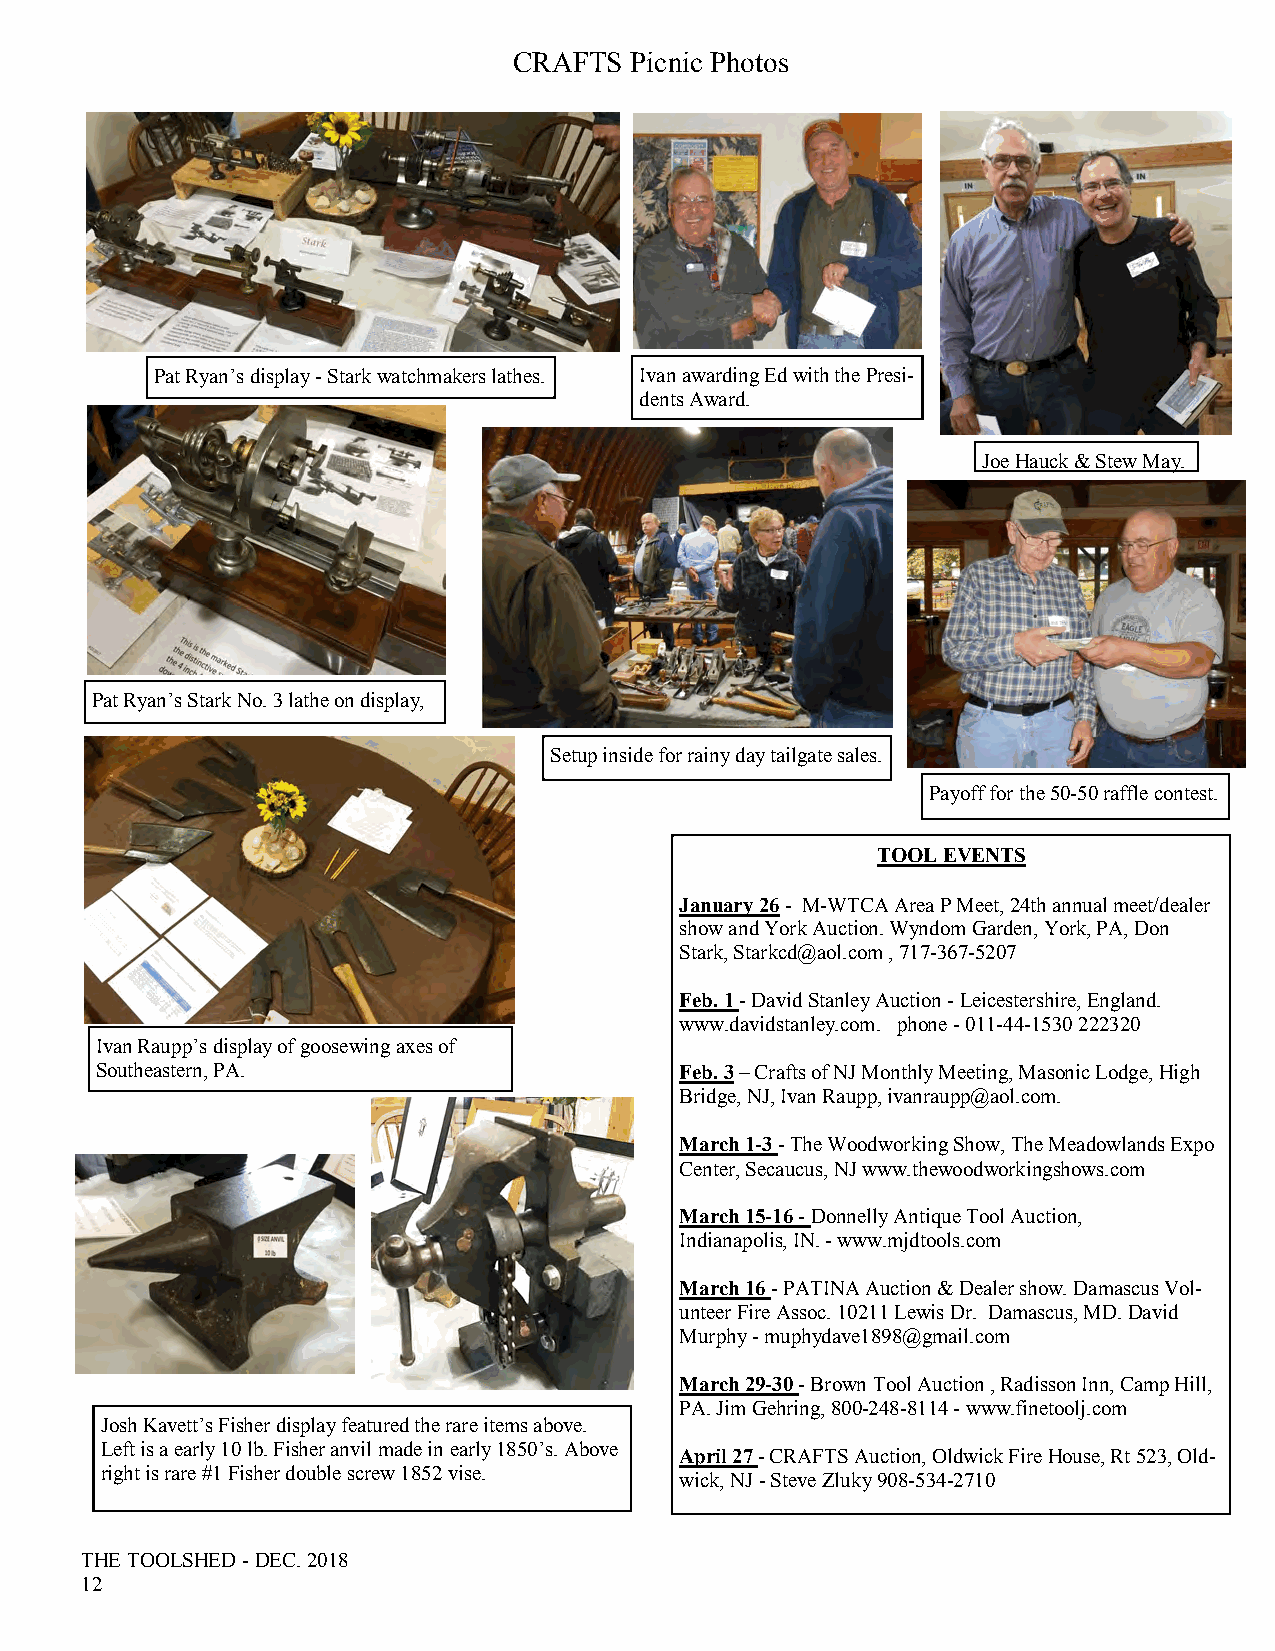
CRAFTS  Picnic Photos
 Pat Ryan’s display - Stark watchmakers lathes. Ivan awarding Ed with the Presi-
 dents Award.
 Joe Hauck & Stew May.
 Pat Ryan’s Stark No. 3 lathe on display,
 Setup inside for rainy day tailgate sales.
 Payoff for the 50-50 raffle contest.
 TOOL EVENTS
 January 26 - M-WTCA Area P Meet, 24th annual meet/dealer
 show and York Auction. Wyndom Garden, York, PA, Don
 Stark, Starkcd@aol.com , 717-367-5207
 Feb. 1 - David Stanley Auction - Leicestershire, England.
 www.davidstanley.com. phone - 011-44-1530 222320
 Ivan Raupp’s display of goosewing axes of
 Southeastern, PA.                      Feb. 3 – Crafts of NJ Monthly Meeting, Masonic Lodge, High
 Bridge, NJ, Ivan Raupp, ivanraupp@aol.com.
 March 1-3 - The Woodworking Show, The Meadowlands Expo
 Center, Secaucus, NJ www.thewoodworkingshows.com
 March 15-16 - Donnelly Antique Tool Auction,
 Indianapolis, IN. - www.mjdtools.com
 March 16 - PATINA Auction & Dealer show. Damascus Vol-
 unteer Fire Assoc. 10211 Lewis Dr. Damascus, MD. David
 Murphy - muphydave1898@gmail.com
 March 29-30 - Brown Tool Auction , Radisson Inn, Camp Hill,
 PA. Jim Gehring, 800-248-8114 - www.finetoolj.com
 Josh Kavett’s Fisher display featured the rare items above.
 Left is a early 10 lb. Fisher anvil made in early 1850’s. Above
 April 27 - CRAFTS Auction, Oldwick Fire House, Rt 523, Old-
 right is rare #1 Fisher double screw 1852 vise.
 wick, NJ - Steve Zluky 908-534-2710
 THE TOOLSHED - DEC. 2018
 12